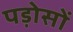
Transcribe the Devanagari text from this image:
पड़ोसों